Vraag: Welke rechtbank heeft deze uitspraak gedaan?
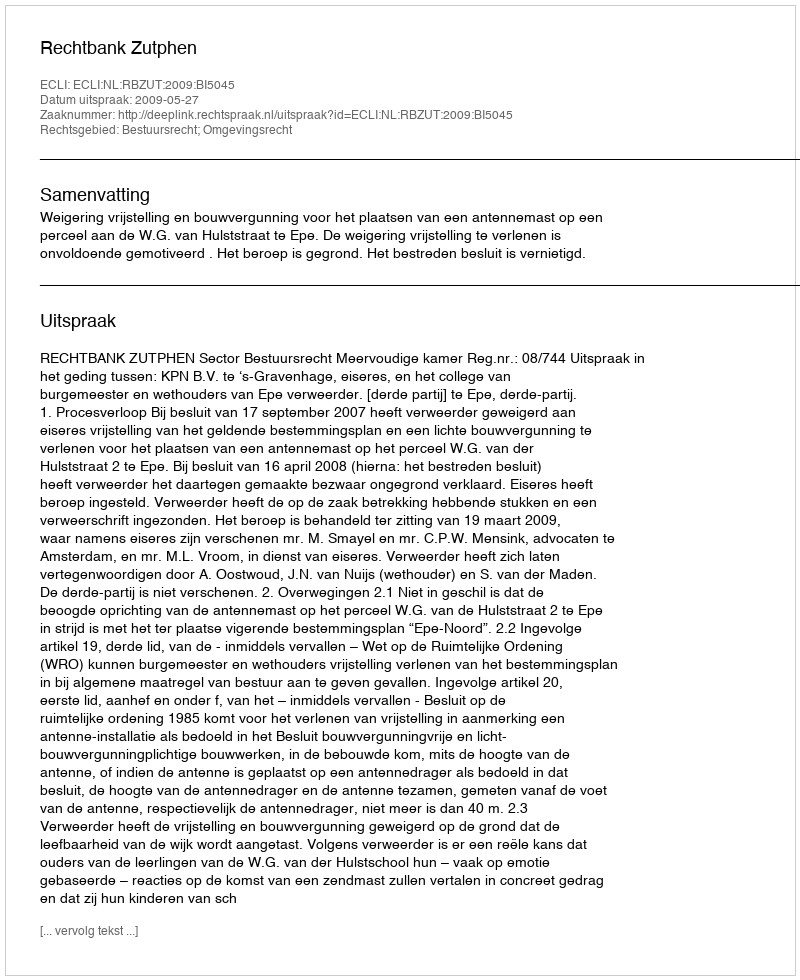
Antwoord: Rechtbank Zutphen